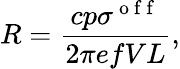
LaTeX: R=\frac{cp\sigma^{\mathrm{~o~f~f~}}}{2\pi efVL},